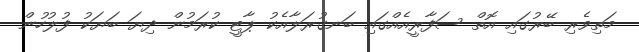
މަތިވެރި ބޭރުގައި އޮތް ސަފާރީއެއްގައި ބަނގުރަލާއެކު ޕާޓީ ކުރަމުން ދިޔަ ބަޔަކު ފުލުހުން